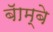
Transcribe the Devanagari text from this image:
बॅाम्बे